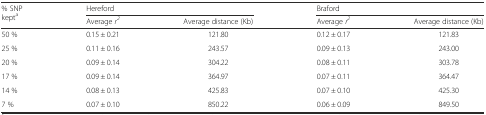
<table><thead><tr><td rowspan="2"><b>% SNP kept<sup>a</sup></b></td><td colspan="2"><b>Hereford</b></td><td colspan="2"><b>Braford</b></td></tr><tr><td><b>Average <i>r</i><sup><i>2</i></sup></b></td><td><b>Average distance (Kb)</b></td><td><b>Average <i>r</i><sup><i>2</i></sup></b></td><td><b>Average distance (Kb)</b></td></tr></thead><tbody><tr><td>50 %</td><td>0.15 ± 0.21</td><td>121.80</td><td>0.12 ± 0.17</td><td>121.83</td></tr><tr><td>25 %</td><td>0.11 ± 0.16</td><td>243.57</td><td>0.09 ± 0.13</td><td>243.00</td></tr><tr><td>20 %</td><td>0.09 ± 0.14</td><td>304.22</td><td>0.08 ± 0.11</td><td>303.78</td></tr><tr><td>17 %</td><td>0.09 ± 0.14</td><td>364.97</td><td>0.07 ± 0.11</td><td>364.47</td></tr><tr><td>14 %</td><td>0.08 ± 0.13</td><td>425.83</td><td>0.07 ± 0.10</td><td>425.30</td></tr><tr><td>7 %</td><td>0.07 ± 0.10</td><td>850.22</td><td>0.06 ± 0.09</td><td>849.50</td></tr></tbody></table>